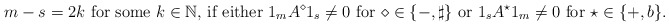
\begin{align*} m-s=2k \text{ for some $ k\in\mathbb N$, if either $1_mA^\diamond1_s\neq 0$ for $\diamond\in \{-,\sharp\}$ or $1_sA^{\star}1_m\neq 0$ for $\star\in \{+,b\}$.} \end{align*}